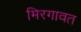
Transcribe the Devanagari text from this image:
मिरगावत